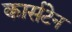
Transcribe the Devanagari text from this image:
कार्सटेन